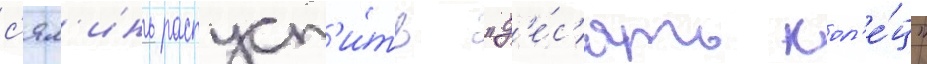
с'ял'инь распуст'и́ть "д'е́с'ять кол'е́ц"